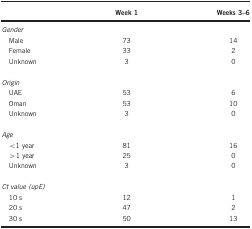
<table><thead><tr><td><b> </b></td><td><b>Week 1</b></td><td><b>Weeks 3–6</b></td></tr></thead><tbody><tr><td colspan="3"><i>Gender</i></td></tr><tr><td> Male</td><td>73</td><td>14</td></tr><tr><td> Female</td><td>33</td><td>2</td></tr><tr><td> Unknown</td><td>3</td><td>0</td></tr><tr><td> </td><td> </td><td> </td></tr><tr><td colspan="3"><i>Origin</i></td></tr><tr><td> UAE</td><td>53</td><td>6</td></tr><tr><td> Oman</td><td>53</td><td>10</td></tr><tr><td> Unknown</td><td>3</td><td>0</td></tr><tr><td> </td><td> </td><td> </td></tr><tr><td colspan="3"><i>Age</i></td></tr><tr><td> &lt;1 year</td><td>81</td><td>16</td></tr><tr><td> &gt;1 year</td><td>25</td><td>0</td></tr><tr><td> Unknown</td><td>3</td><td>0</td></tr><tr><td> </td><td> </td><td> </td></tr><tr><td colspan="3"><i>Ct value (upE)</i></td></tr><tr><td> 10 s</td><td>12</td><td>1</td></tr><tr><td> 20 s</td><td>47</td><td>2</td></tr><tr><td> 30 s</td><td>50</td><td>13</td></tr></tbody></table>